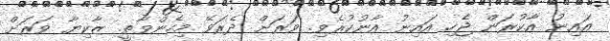
އައިނު އާކުރަން ޖެެހި އައިނު އާނުކުރެެވި. ވަރަށް ދެެރަވޭ މިހެންވާތީ. ޒާކިޔާ ވަރަށް